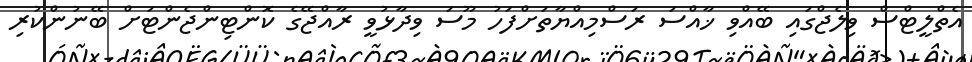
އެތްލީޓްސް ވިލެޖްގައި ބޭއްވި ޚާއްސަ ރަސްމިއްޔާތަށްފަހު މޫސަ ވިދާޅުވީ ރާއްޖޭގެ ކޮންޓިންޖެންޓަށް ބޭނުންކުރި